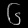
Digit: ၆